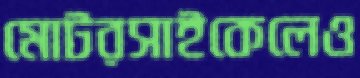
মোটরসাইকেলেও